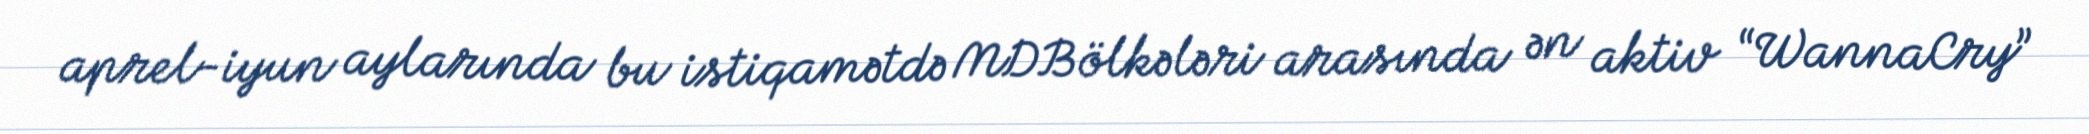
aprel-iyun aylarında bu istiqamətdə MDB ölkələri arasında ən aktiv “WannaCry”